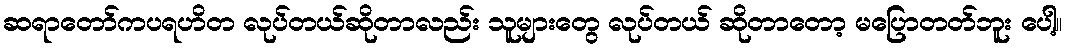
ဆရာတော်ကပရဟိတ လုပ်တယ်ဆိုတာလည်း သူများတွေ လုပ်တယ် ဆိုတာတော့ မပြောတတ်ဘူး ပေါ့။